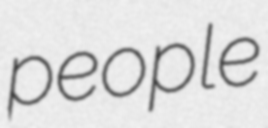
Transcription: people